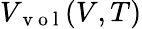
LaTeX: V_{\mathrm{~v~o~l~}}(V,T)